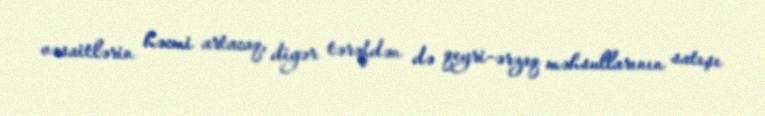
vəsaitlərin həcmi artacaq, digər tərəfdən də qeyri-ərzaq məhsullarının satışı